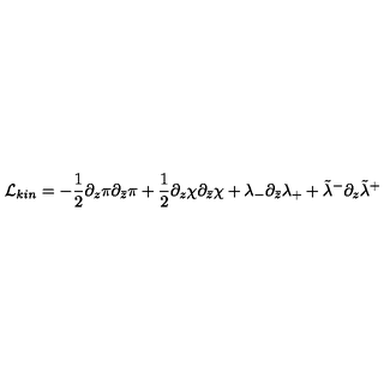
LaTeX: { \cal L } _ { k i n } = - { \frac { 1 } { 2 } } \partial _ { z } \pi \partial _ { \bar { z } } \pi + { \frac { 1 } { 2 } } \partial _ { z } \chi \partial _ { \bar { z } } \chi + \lambda _ { - } \partial _ { \bar { z } } \lambda _ { + } + \tilde { \lambda } ^ { - } \partial _ { z } \tilde { \lambda } ^ { + }